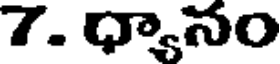
7. ధ్యానం